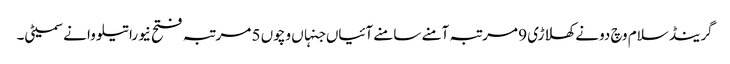
گرینڈ سلام وچ دونے کھلاڑی 9 مرتبہ آمنے سامنے آئیاں جنہاں وچو‏ں 5 مرتبہ فتح نیوراتیلووا نے سمیٹی۔